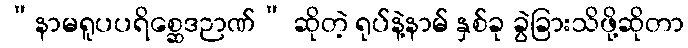
“နာမရူပပရိစ္ဆေဒဉာဏ်” ဆိုတဲ့ ရုပ်နဲ့နာမ် နှစ်ခု ခွဲခြားသိဖို့ဆိုတာ